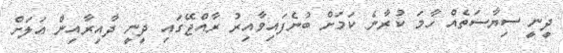
ދީނީ ސިޔާސަތެއް ހާމަ ކުރާނެ ކަމަށް ބުނެފައިވާއިރު ރާއްޖޭގައި ދީނީ ދާއިރާއިން އަލަށް